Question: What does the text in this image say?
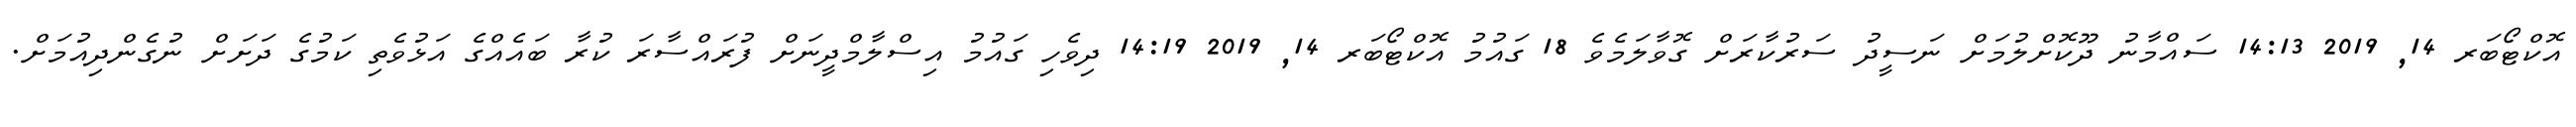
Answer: އޮކްޓޯބަރ 14, 2019 14:13 ސައްމާނު ދޫކޮށްލުމަށް ނަސީދު ސަރުކާރަށް ގޮވާލަމެވެ 18 ގައުމު އޮކްޓޯބަރ 14, 2019 14:19 ދިވެހި ގައުމު އިސްލާމްދީނަށް ފުރައްސާރަ ކުރާ ބައެއްގެ އަޅުވެތި ކަމުގެ ދަށަށް ނުގެންދިއުމަށް.